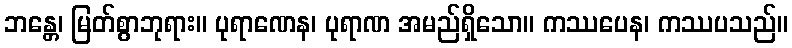
ဘန္တေ၊ မြတ်စွာဘုရား။ ပုရာဏေန၊ ပုရာဏ အမည်ရှိသော။ ကဿပေန၊ ကဿပသည်။